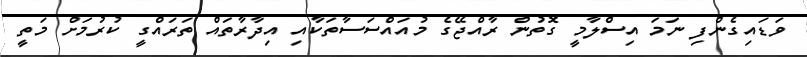
ވަޑައިގެންފި ނަމަ އިސްލާމީ ގޮތުން ރާއްޖޭގެ މުއައްސަސާތަކާއި އިދާރާތައް ތަަރައްގީ ކުރުމަށް މަތީ